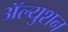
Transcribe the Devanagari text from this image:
ॲल्युशन